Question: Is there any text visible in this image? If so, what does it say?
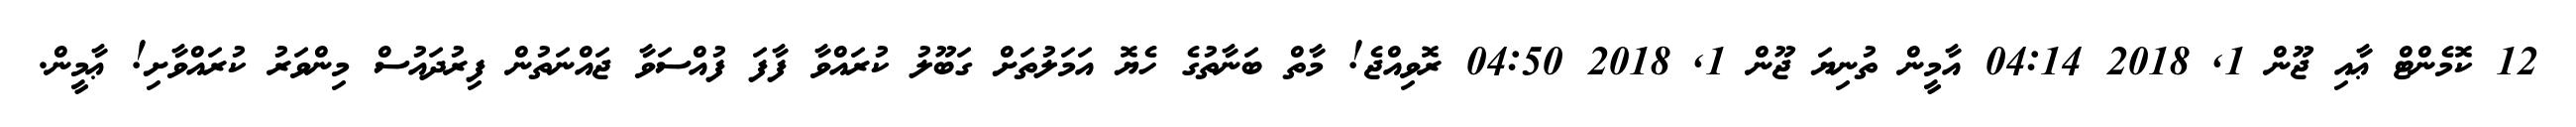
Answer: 12 ކޮމެންޓް ޢާއި ޖޫން 1, 2018 04:14 އާމީން ތުނިޔަ ޖޫން 1, 2018 04:50 ރޮވިއްޖެ! މާތް ބަނާތުގެ ހެޔޮ އަމަލުތަށް ގަބޫލު ކުރައްވާ ފާފަ ފުއްސަވާ ޖައްނަތުން ފިރުދައުސް މިންވަރު ކުރައްވާށި! ޢާމީން.